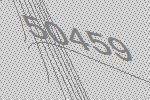
50459